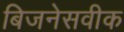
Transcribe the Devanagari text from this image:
बिजनेसवीक